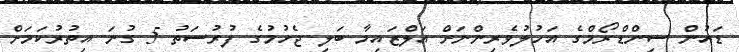
ޑައުން ސިންޑްރޯމްގެ އަހުލުވެރިންނަށް އަލްޒައިމާ ބަލި ޖެހުމުގެ ފުރުސަތު 5 ގުނަ އިތުރުކަމަށް